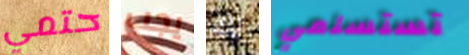
حتمي يجب لك تستسلمي